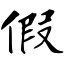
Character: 假